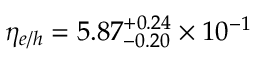
\eta _ { e / h } = 5 . 8 7 _ { - 0 . 2 0 } ^ { + 0 . 2 4 } \times 1 0 ^ { - 1 }